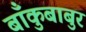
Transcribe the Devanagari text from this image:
बाँकुबाबुर